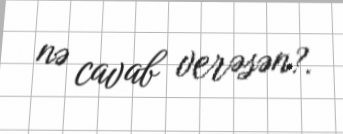
nə cavab verəsən?.